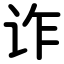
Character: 诈